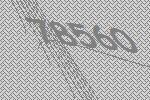
78560